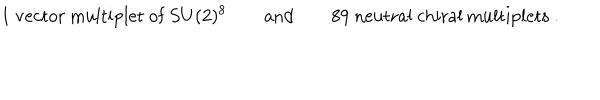
\mathrm { 1 ~ v e c t o r ~ m u l t i p l e t ~ o f ~ } S U ( 2 ) ^ { 8 } \qquad \mathrm { a n d } \qquad \mathrm { 8 9 ~ n e u t r a l ~ c h i r a l ~ m u l t i p l e t s ~ . }